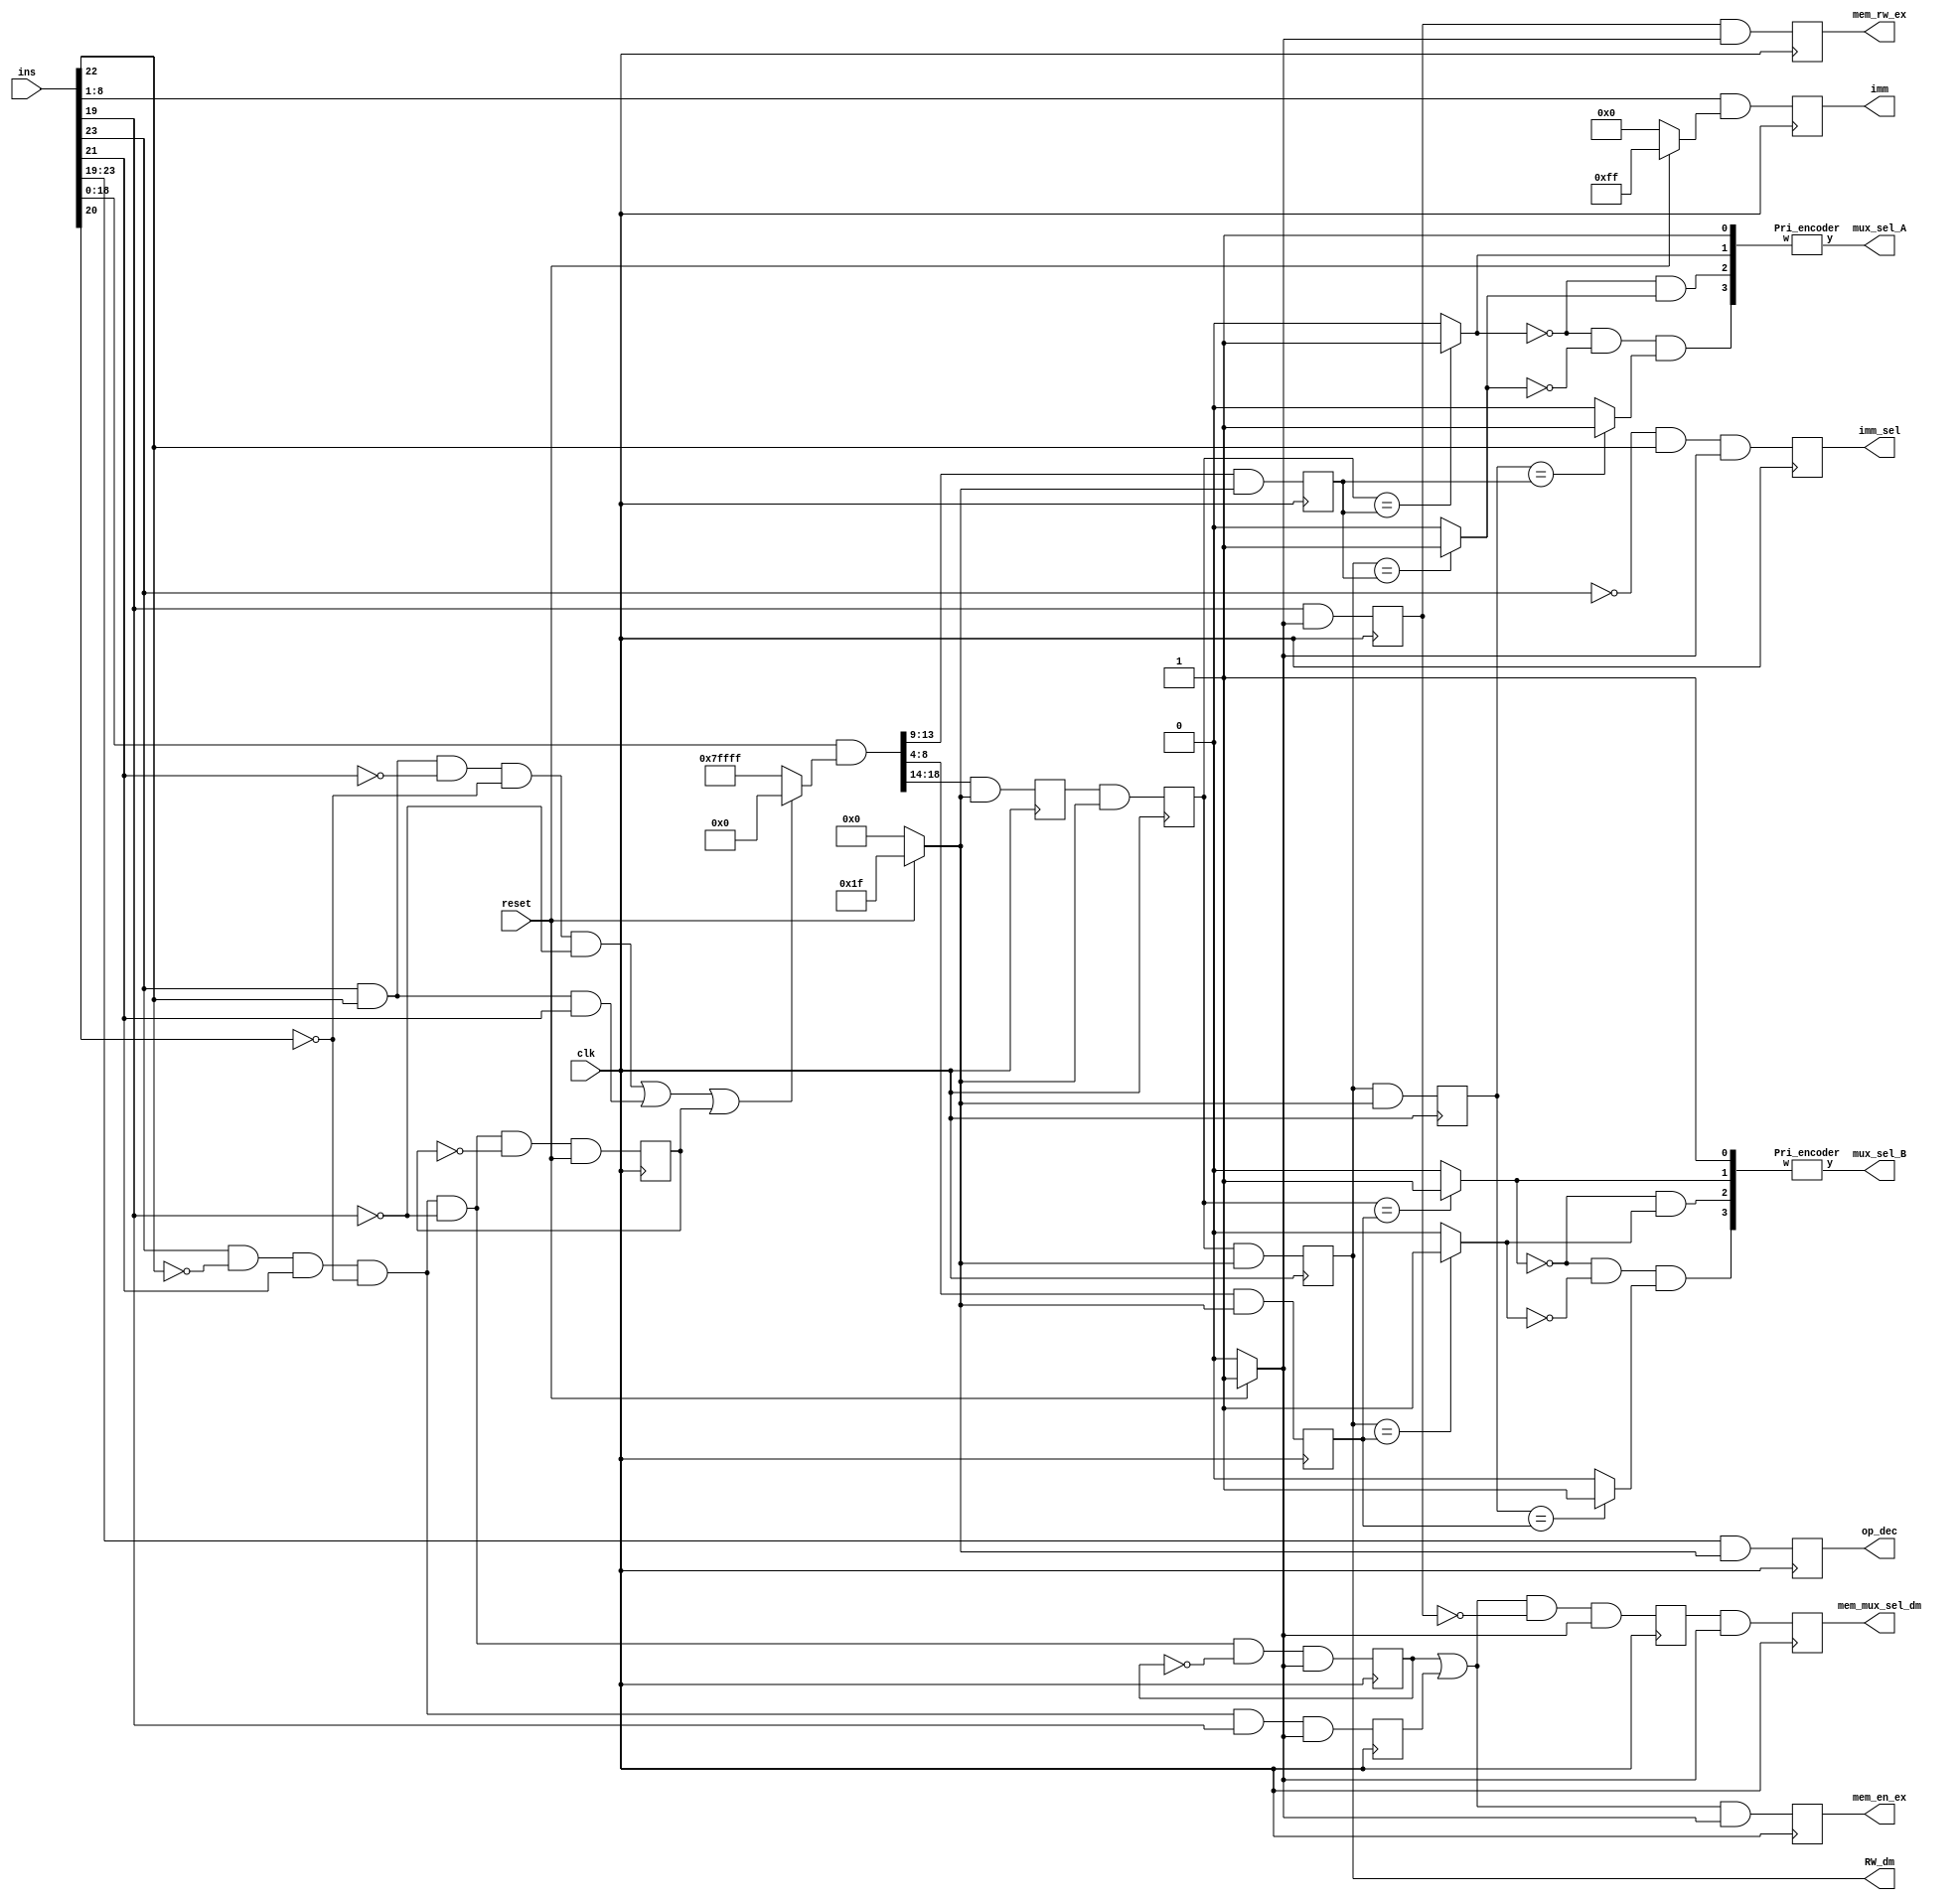
`timescale 1ns / 1ps
//////////////////////////////////////////////////////////////////////////////////
// Company: 
// Engineer: 
// 
// Design Name: 
// Module Name:    Dependency_Check_Block 
// Project Name: 
// Target Devices: 
// Tool versions: 
// Description: 
//
// Dependencies: 
//
// Revision: 
// Revision 0.01 - File Created
// Additional Comments: 
//
//////////////////////////////////////////////////////////////////////////////////
module Dependency_Check_Block(imm ,RW_dm,op_dec,mux_sel_A,mux_sel_B,imm_sel,mem_en_ex,mem_rw_ex,mem_mux_sel_dm,ins,clk,reset);

// Inputs
input [23:0]ins;
input clk,reset;

// Outputs
output reg[7:0]imm;
output reg [4:0]RW_dm, op_dec;
output [1:0]mux_sel_A, mux_sel_B;
output reg imm_sel, mem_en_ex, mem_rw_ex, mem_mux_sel_dm;


wire [18:0] t2,Ext;
wire [7:0] temp8;
wire [4:0] temp1,temp2,temp3,temp4,temp5,temp6,temp7;
wire temp9;
wire JMP, Cond_Jmp, LD1, Imme, LD2, ST;
wire t1,t3,t4,t5,t6,t7,t8,t9;
wire c1,c2,c3,c4,c5,c6;
wire nr;

reg [4:0] r2,r3,r5,rA,rB;
reg Q1,Q2,Q3,Q4,Q6;


// Opcode
assign temp1 = ins[23:19] & ((reset == 1'b1) ?  ~(5'b0) : 5'b0); 
always @(posedge clk)
	op_dec<=temp1;

// Jump, Cond_Jump, LD
and jmp(JMP, ins[23], ins[22], ~ins[21], ~ins[20], ~ins[19]);
and cond_jmp(Cond_Jmp, ins[23], ins[22], ins[21]);
and ld1(LD1, ins[23], ~ins[22], ins[21], ~ins[20], ~ins[19], ~Q1);

// 1 bit Filp-flop
and a1(t1, LD1, reset);
always @(posedge clk)
	Q1<=t1;

nor nor1(nr1,JMP,Cond_Jmp,Q1);

// Extend
assign Ext = (nr1 == 1'b1) ? ~(19'b0): 19'b0;

assign t2 =  ins[18:0] & Ext;
	
// This Register contain ins[13:9]
assign temp2 = t2[13:9] & ((reset == 1'b1) ?  ~(5'b0) : 5'b0); 
always @(posedge clk)
	rA<=temp2;
	
// This Register contain ins[8:4]	
assign temp3 = t2[8:4] & ((reset == 1'b1) ?  ~(5'b0) : 5'b0); 
always @(posedge clk)
	rB<=temp3;

// Register chain
assign temp4 = t2[18:14] & ((reset == 1'b1) ?  ~(5'b0) : 5'b0);
always @(posedge clk)
	r2<=temp4;
	
assign temp5 = r2 & ((reset == 1'b1) ?  ~(5'b0) : 5'b0);
always @(posedge clk)
	r3<=temp5;
	
assign temp6 =  r3 & ((reset == 1'b1) ?  ~(5'b0) : 5'b0);	
always @(posedge clk)
	RW_dm<=temp6;
	
assign temp7 = RW_dm & ((reset == 1'b1) ?  ~(5'b0) : 5'b0);
always @(posedge clk)
	r5<=temp7;
	
// Comparator	
assign c1 = (r3 == rA)? 1'b1 : 1'b0; 
assign c2 = (RW_dm == rA)? 1'b1 : 1'b0;
assign c3 = (r5 == rA)? 1'b1 : 1'b0;

and a3(t3,~c1,c2);
and a4(t4,~c1,~c2,c3);

// Priority Encoder
Pri_encoder p1(mux_sel_A,{t4, t3, c1, 1'b1});

// Comparator
assign c4 = (r3 == rB)? 1'b1 : 1'b0;
assign c5 = (RW_dm == rB)? 1'b1 : 1'b0;
assign c6 = (r5 == rB)? 1'b1 : 1'b0;	

and a5(t5,~c4,c5);
and a6(t6,~c4,~c5,c6);

// Priority Encoder
Pri_encoder p2(mux_sel_B,{t6, t5, c4, 1'b1});





// For Immediate
and immediate(Imme, ~ins[23], ins[22]);

// imm_sel
assign temp9 = Imme & ((reset == 1'b1) ?  ~(1'b0) : 1'b0);
always @(posedge clk)
	imm_sel<=temp9;

// imm
assign temp8 = ins[8:1] & ((reset == 1'b1) ?  ~(8'b0) : 8'b0);
always @(posedge clk)
	imm<=temp8;





// Ld, ST
and ld2(LD2, ins[23], ~ins[22], ins[21], ~ins[20], ~ins[19]);
and st(ST, ins[23], ~ins[22], ins[21], ~ins[20], ins[19]);
 
assign temp10 = ins[19] & ((reset == 1'b1) ?  ~(1'b0) : 1'b0);
always @(posedge clk)
	Q2<=temp10;
	
and a7(t7,LD2,~Q3);

assign temp11 = t7 & ((reset == 1'b1) ?  ~(1'b0) : 1'b0);
always @(posedge clk)
	Q3<=temp11;

assign temp12 = ST & ((reset == 1'b1) ?  ~(1'b0) : 1'b0);
always @(posedge clk)
	Q4<=temp12;
	
or or1(t8,Q3,Q4);
and a8(t9,t8,~Q2);

// mem_rw_ex
assign temp13 = Q2 & ((reset == 1'b1) ?  ~(1'b0) : 1'b0);
always @(posedge clk)
	mem_rw_ex<=temp13;

assign temp14 = t9 & ((reset == 1'b1) ?  ~(1'b0) : 1'b0);
always @(posedge clk)
	Q6<=temp14;
	
// mem_en_ex
assign temp15 = t8 & ((reset == 1'b1) ?  ~(1'b0) : 1'b0);
always @(posedge clk)
	mem_en_ex<=temp15;

// mem_mux_sel_dm
assign temp16 = Q6 & ((reset == 1'b1) ?  ~(1'b0) : 1'b0);
always @(posedge clk)
	mem_mux_sel_dm<=temp16;

	
endmodule


module Pri_encoder(y,w);

input [3:0] w;
output reg[1:0] y;

always @(w)
begin
	casex(w)
		4'b1xxx: y = 2'b11;
		4'b01xx: y = 2'b10;
		4'b001x: y = 2'b01;
		4'b0001: y = 2'b00;
		default: y = 2'bxx;
	endcase
	
end
endmodule